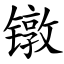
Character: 镦